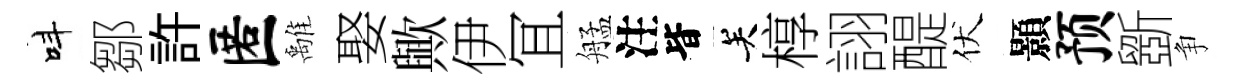
呌鄒許匿𩀌娶歟伊冝艋注𣅜关椁詡醍伏顥预斵争